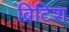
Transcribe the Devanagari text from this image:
ब्रिटिश